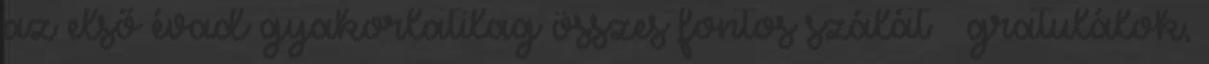
az első évad gyakorlatilag összes fontos szálát – gratulálok,